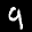
Label: 9